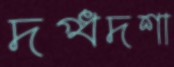
দগ্ধদশা